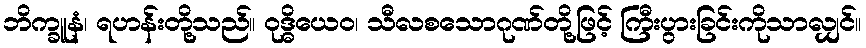
ဘိက္ခူနံ၊ ရဟန်းတို့သည်။ ဝုဒ္ဓိယေဝ၊ သီလစသောဂုဏ်တို့ဖြင့် ကြီးပွားခြင်းကိုသာလျှင်။